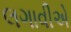
લગાવીએ